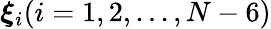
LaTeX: \boldsymbol{\xi}_{i}(i=1,2,...,N-6)